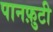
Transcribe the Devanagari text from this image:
पानफ़ुटी